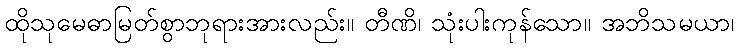
ထိုသုမေဓာမြတ်စွာဘုရားအားလည်း။ တီဏိ၊ သုံးပါးကုန်သော။ အဘိသမယာ၊